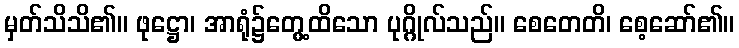
မှတ်သိသိ၏။ ဖုဋ္ဌော၊ အာရုံ၌တွေ့ထိသော ပုဂ္ဂိုလ်သည်။ စေတေတိ၊ စေ့ဆော်၏။